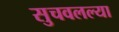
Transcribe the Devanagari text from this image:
सुचवलल्या